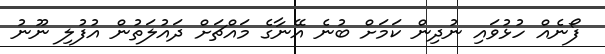
ފޯނެއް ހުޅުވައި ނުދިން ކަމަށް ބުނެ އޭނާގެ މައްޗަށް ދައުލަތުން އުފުލި ނޫނު